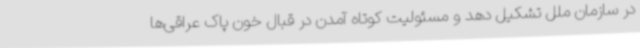
در سازمان ملل تشکیل دهد و مسئولیت کوتاه آمدن در قبال خون پاک عراقی‌ها